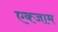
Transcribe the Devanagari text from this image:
एक्जाम